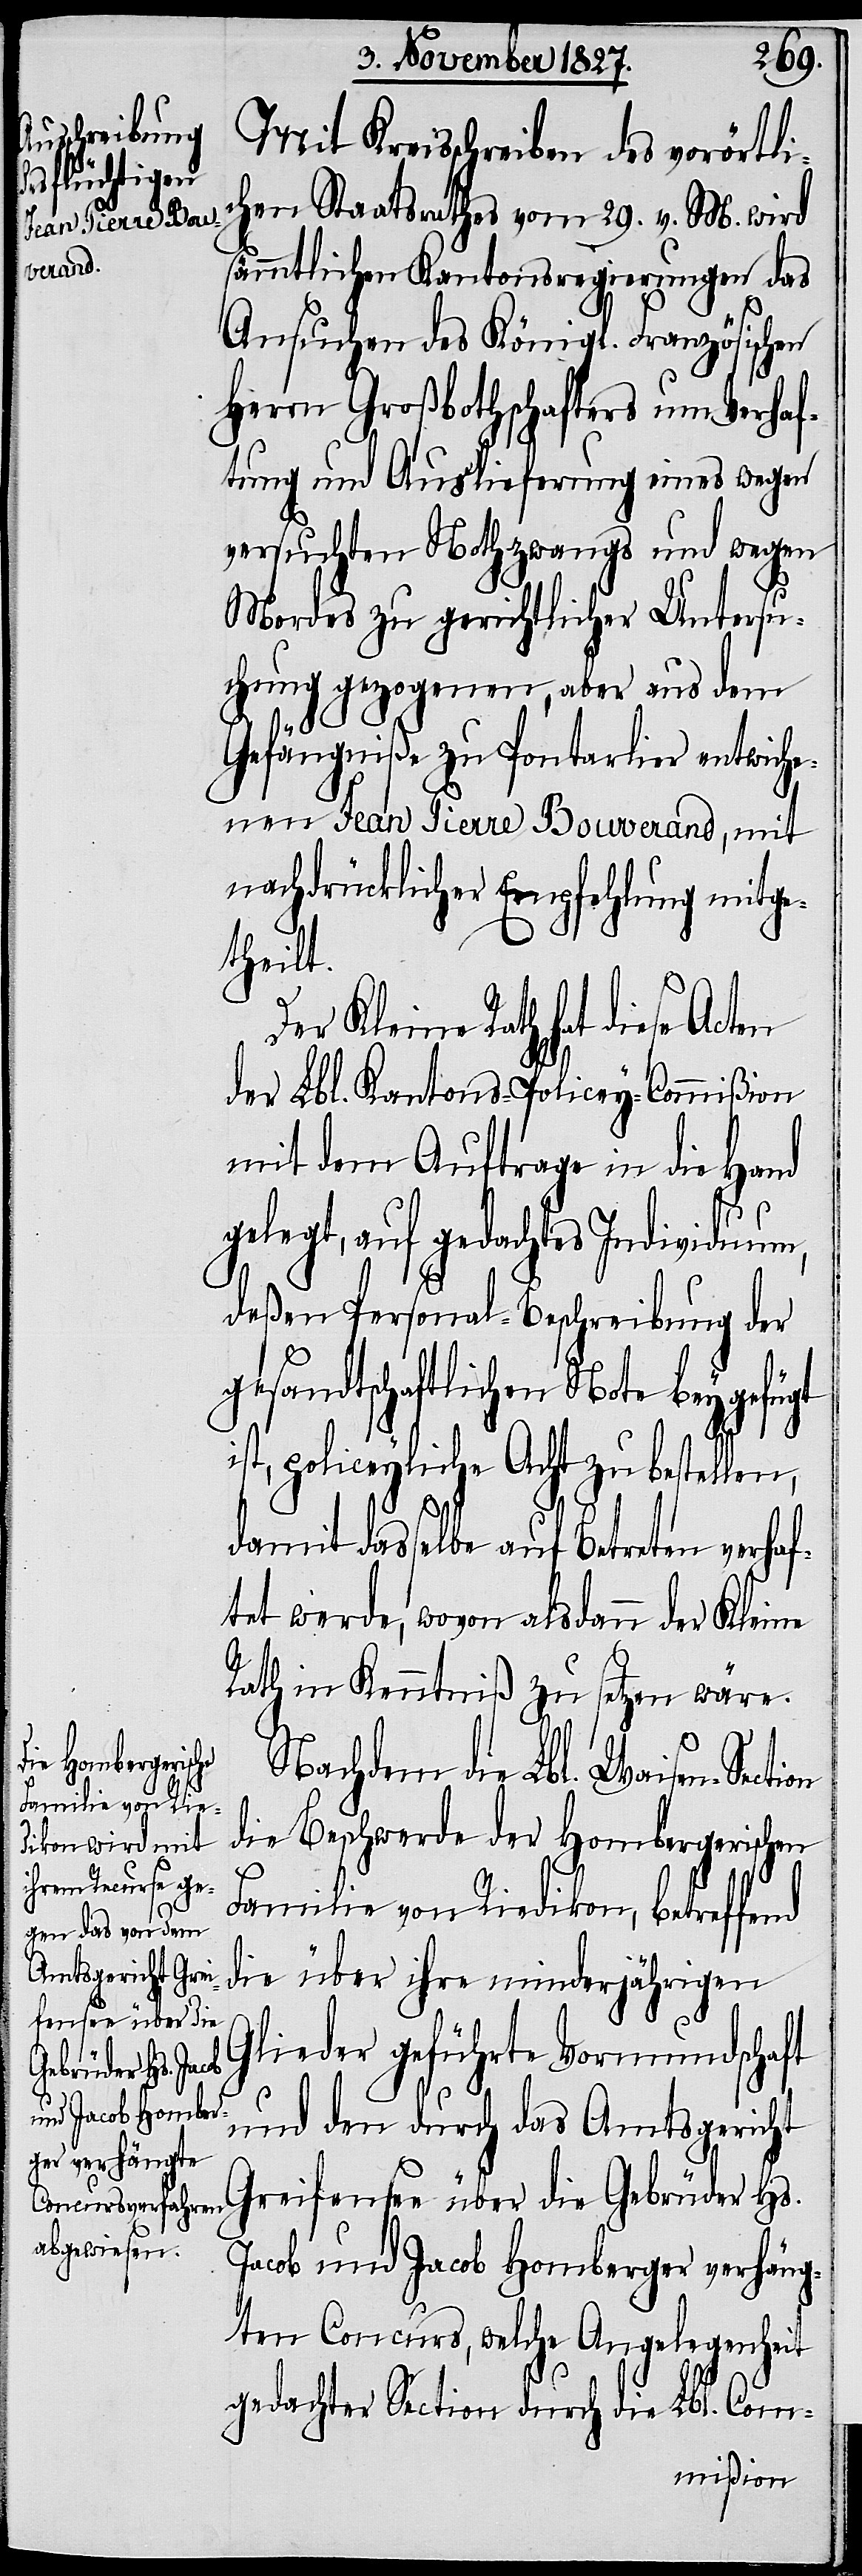
Mit Kreisschreiben des vorörtlic¬
hen Staatsrathes vom 29. v. M. wird
sämmtlichen Kantonsregierungen das
Ansuchen des Königl. Französischen
Herrn Großbothschafters um Verhaf¬
tung und Auslieferung eines wegen
versuchten Nothzwangs und wegen
Mordes zu gerichtlicher Untersu¬
chung gezogenen, aber aus dem
Gefängniße zu Pontarlier entwiche¬
nen Jean Pierre Bouverand, mit
nachdrücklicher Empfehlung mitge¬
theilt.
Der Kleine Rath hat diese Acten
der Lbl. Kantons-Policey-Commißion
mit dem Auftrage in die Hand
gelegt, auf gedachtes Individuum,
deßen Personal-Beschreibung der
gesandtschaftlichen Note beygefügt
st, policeyliche Acht zu bestellen,
damit dasselbe auf Betreten verhaf¬
tet werde, wovon alsdann der Kleine
Rath in Kenntniß zu setzen wäre.
Nachdem die Lbl. Waisen-Section
die Beschwerde der Hombergerischen
i¬
Familie von Riedikon, betreffend
die über ihre minderjährigen
Glieder geführte Vormundschaft
und den durch das Amtsgericht
Greifensee über die Gebrüder Hs.
Jacob und Jacob Homberger verhäng¬
ten Concurs, welche Angelegenheit
gedachter Section durch die Lbl. Com-